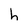
Character: h